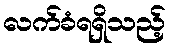
လက်ခံရရှိသည့်